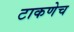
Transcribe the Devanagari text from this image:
टाकणेच